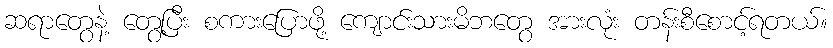
ဆရာတွေနဲ့ တွေ့ပြီး စကားပြောဖို့ ကျောင်းသားမိဘတွေ အားလုံး တန်းစီစောင့်ရတယ်။